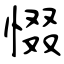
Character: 惙